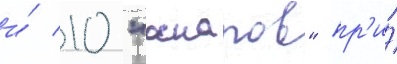
и́ 10 "оскаров" пр'и́